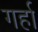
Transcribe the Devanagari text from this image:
गर्हा